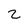
Character: 2